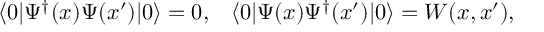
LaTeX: \langle 0 | \Psi ^ { \dagger } ( x ) \Psi ( x ^ { \prime } ) | 0 \rangle = 0 , \; \; \; \langle 0 | \Psi ( x ) \Psi ^ { \dagger } ( x ^ { \prime } ) | 0 \rangle = W ( x , x ^ { \prime } ) ,